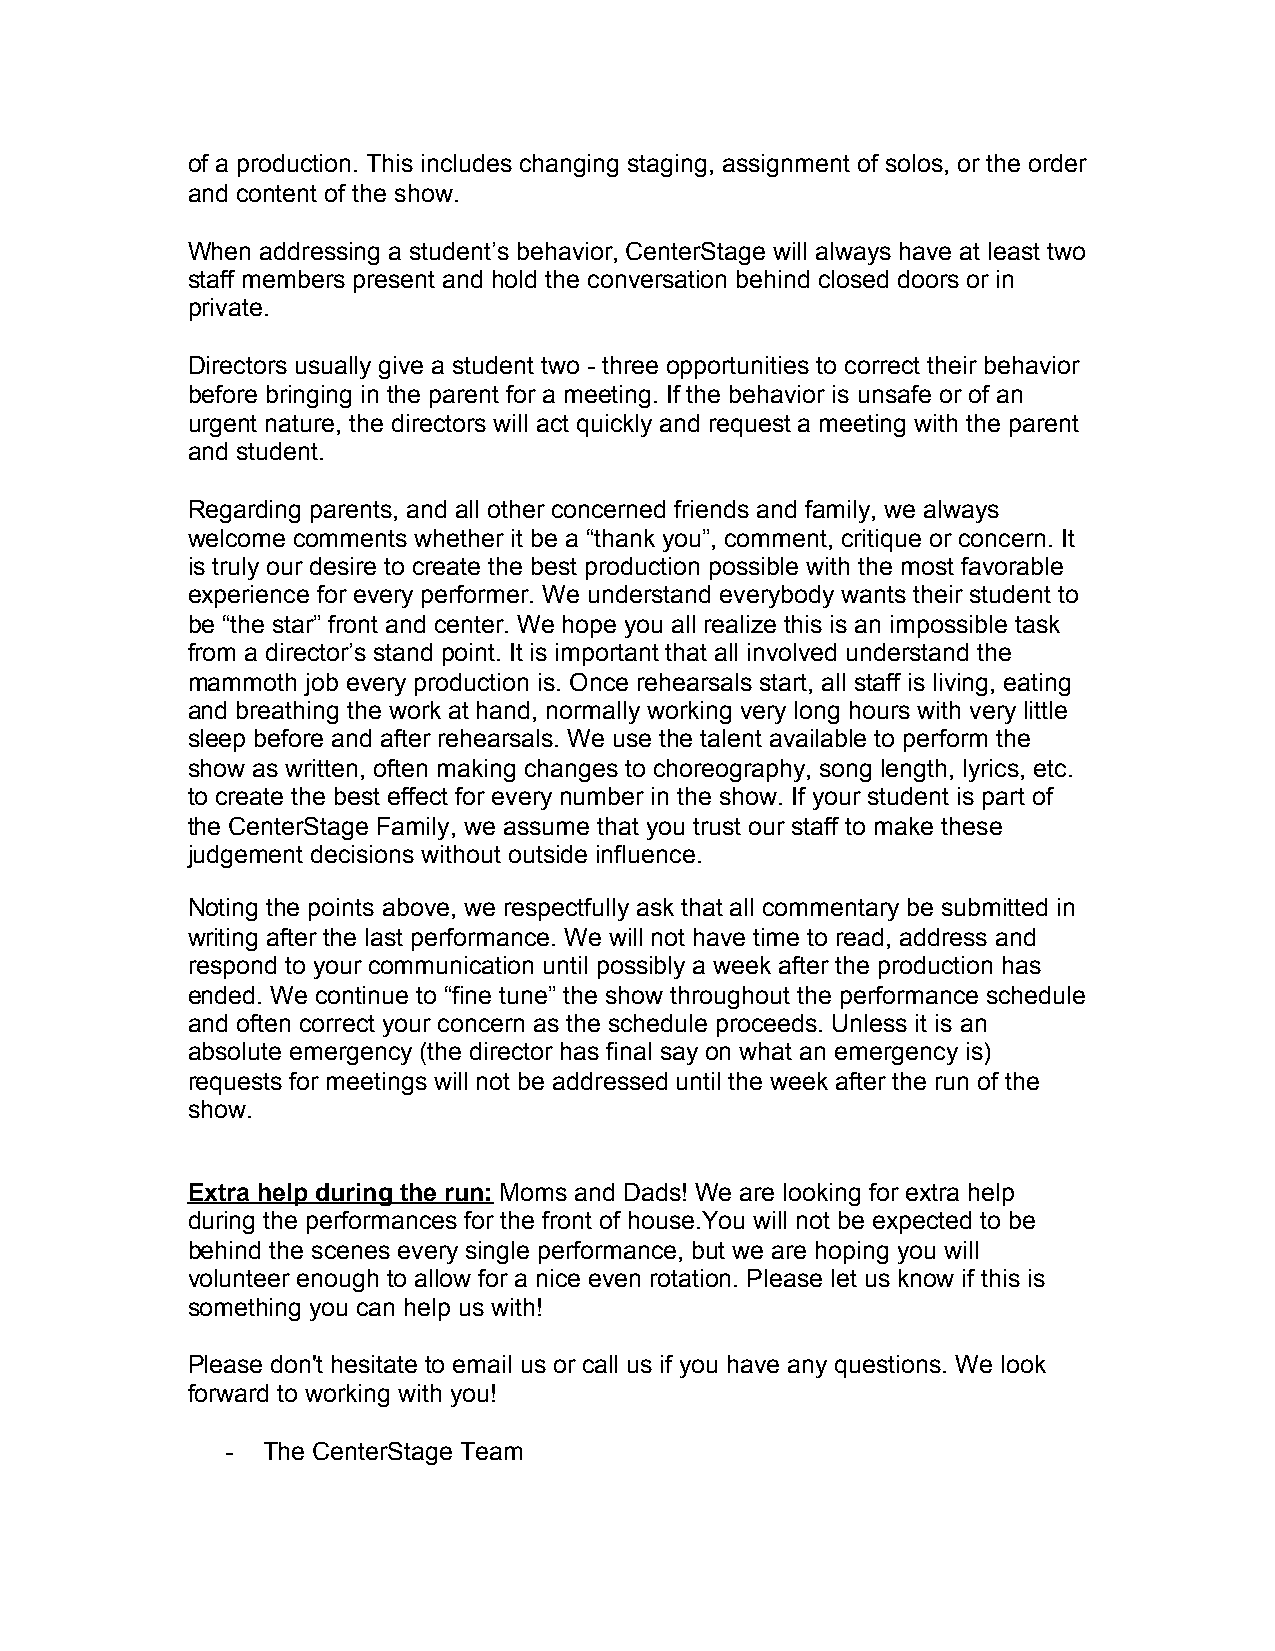
of a production. This includes changing staging, assignment of solos, or the order
 and content of the show.
 When addressing a student’s behavior, CenterStage will always have at least two
 staff members present and hold the conversation behind closed doors or in
 private.
 Directors usually give a student two - three opportunities to correct their behavior
 before bringing in the parent for a meeting. If the behavior is unsafe or of an
 urgent nature, the directors will act quickly and request a meeting with the parent
 and student.
 Regarding parents, and all other concerned friends and family, we always
 welcome comments whether it be a “thank you”, comment, critique or concern. It
 is truly our desire to create the best production possible with the most favorable
 experience for every performer. We understand everybody wants their student to
 be “the star” front and center. We hope you all realize this is an impossible task
 from a director’s stand point. It is important that all involved understand the
 mammoth job every production is. Once rehearsals start, all staff is living, eating
 and breathing the work at hand, normally working very long hours with very little
 sleep before and after rehearsals. We use the talent available to perform the
 show as written, often making changes to choreography, song length, lyrics, etc.
 to create the best effect for every number in the show. If your student is part of
 the CenterStage Family, we assume that you trust our staff to make these
 judgement decisions without outside influence.
 Noting the points above, we respectfully ask that all commentary be submitted in
 writing after the last performance. We will not have time to read, address and
 respond to your communication until possibly a week after the production has
 ended. We continue to “fine tune” the show throughout the performance schedule
 and often correct your concern as the schedule proceeds. Unless it is an
 absolute emergency (the director has final say on what an emergency is)
 requests for meetings will not be addressed until the week after the run of the
 show.
 Extra help during the run: Moms and Dads! We are looking for extra help
 ​
 during the performances for the front of house.You will not be expected to be
 behind the scenes every single performance, but we are hoping you will
 volunteer enough to allow for a nice even rotation. Please let us know if this is
 something you can help us with!
 Please don't hesitate to email us or call us if you have any questions. We look
 forward to working with you!
 - The CenterStage Team